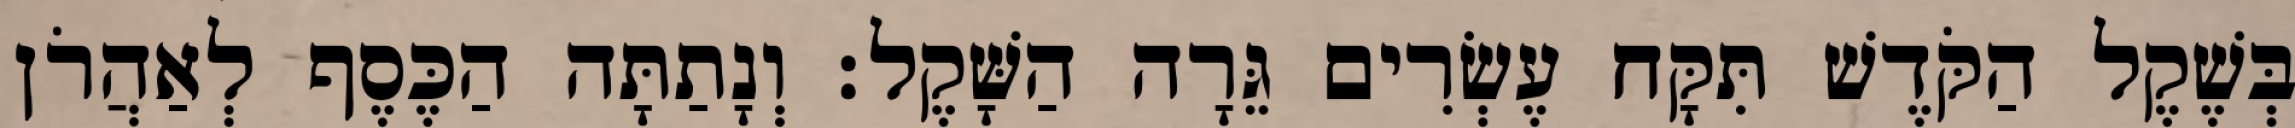
בְּשֶׁקֶל הַקֹּדֶשׁ תִּקָּח עֶשְׂרִים גֵּרָה הַשָּׁקֶל׃ וְנָתַתָּה הַכֶּסֶף לְאַהֲרֹן